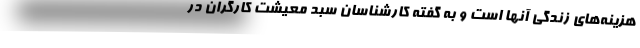
هزينه‌هاي زندگي آنها است و به گفته كارشناسان سبد معيشت كارگران در